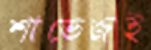
শাভেজই